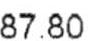
87.80